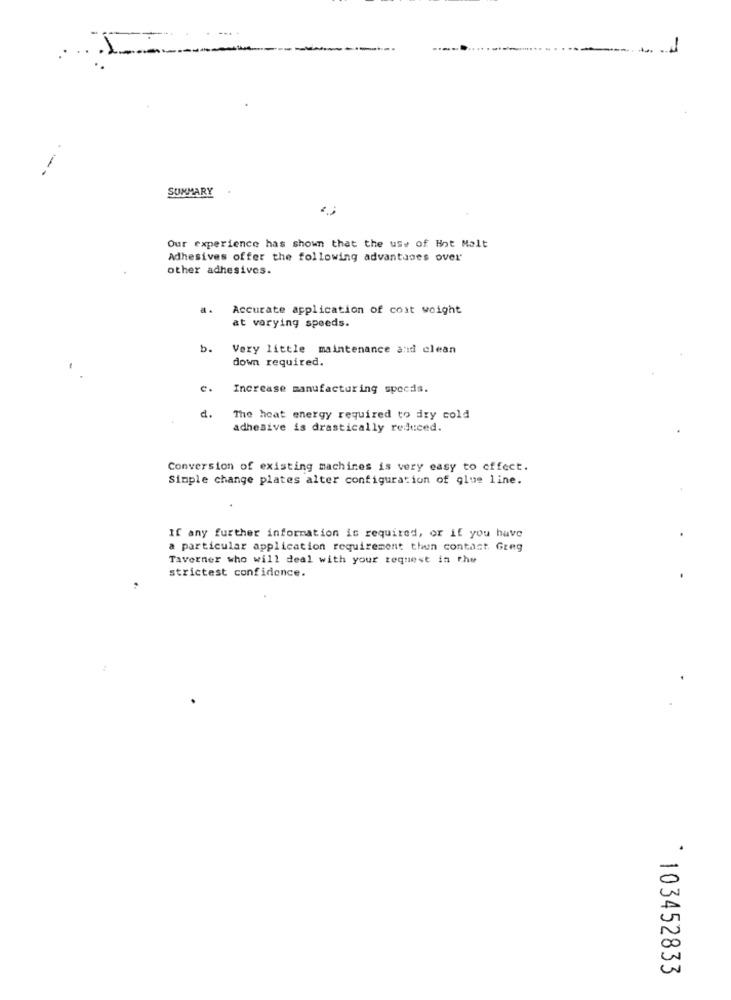
-
- --
SUMMARY
Our experience has shown that the use of Hot Malt
Adhesives offer the following advantages over
other adhesives.
a.
Accurate application of coit weight
at varying speeds.
b.
Very little maintenance and clean
down required.
c.
Increase manufacturing spocas.
d.
The heat energy required to dry cold
adhesive is drastically reduced.
Conversion of existing machines is very easy to effect.
Simple change plates alter configuration of glue line.
If any further information is required, or if you have
a particular application requirement then contast. Greg
Taverner who will deal with your request in the
strictest confidence.
`103452833